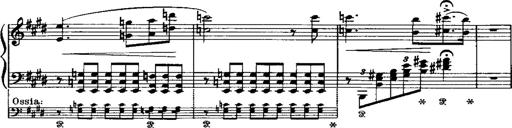
Title: LiebestrÃ¤ume
Composer: Franz Behr
Key: E-flat major